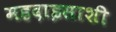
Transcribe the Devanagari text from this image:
महदाइसाशी